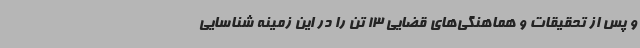
و پس از تحقیقات و هماهنگی‌های قضایی 13 تن را در این زمینه شناسایی